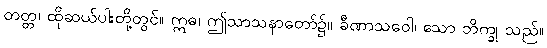
တတ္တ၊ ထိုဆယ်ပါးတို့တွင်။ ဣဓ၊ ဤသာသနာတော်၌။ ခီဏာသဝေါ၊ သော ဘိက္ခု သည်။